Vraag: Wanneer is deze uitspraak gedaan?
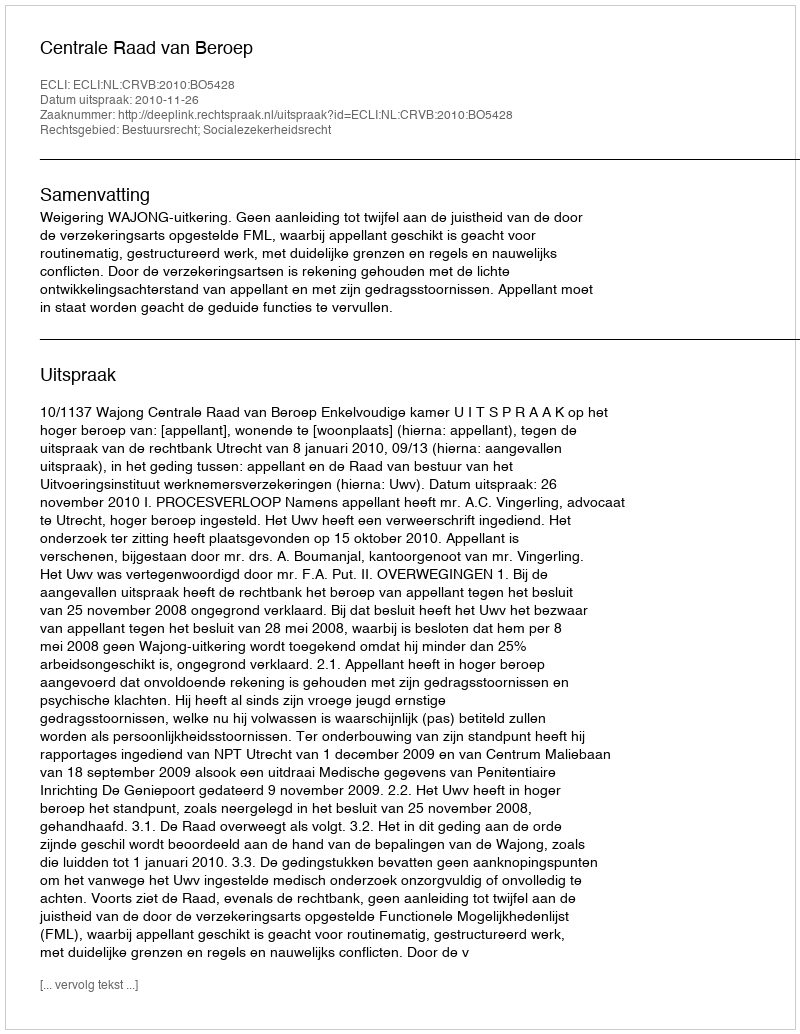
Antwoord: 2010-11-26